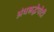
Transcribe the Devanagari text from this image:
अंधश्रद्धेपोटी